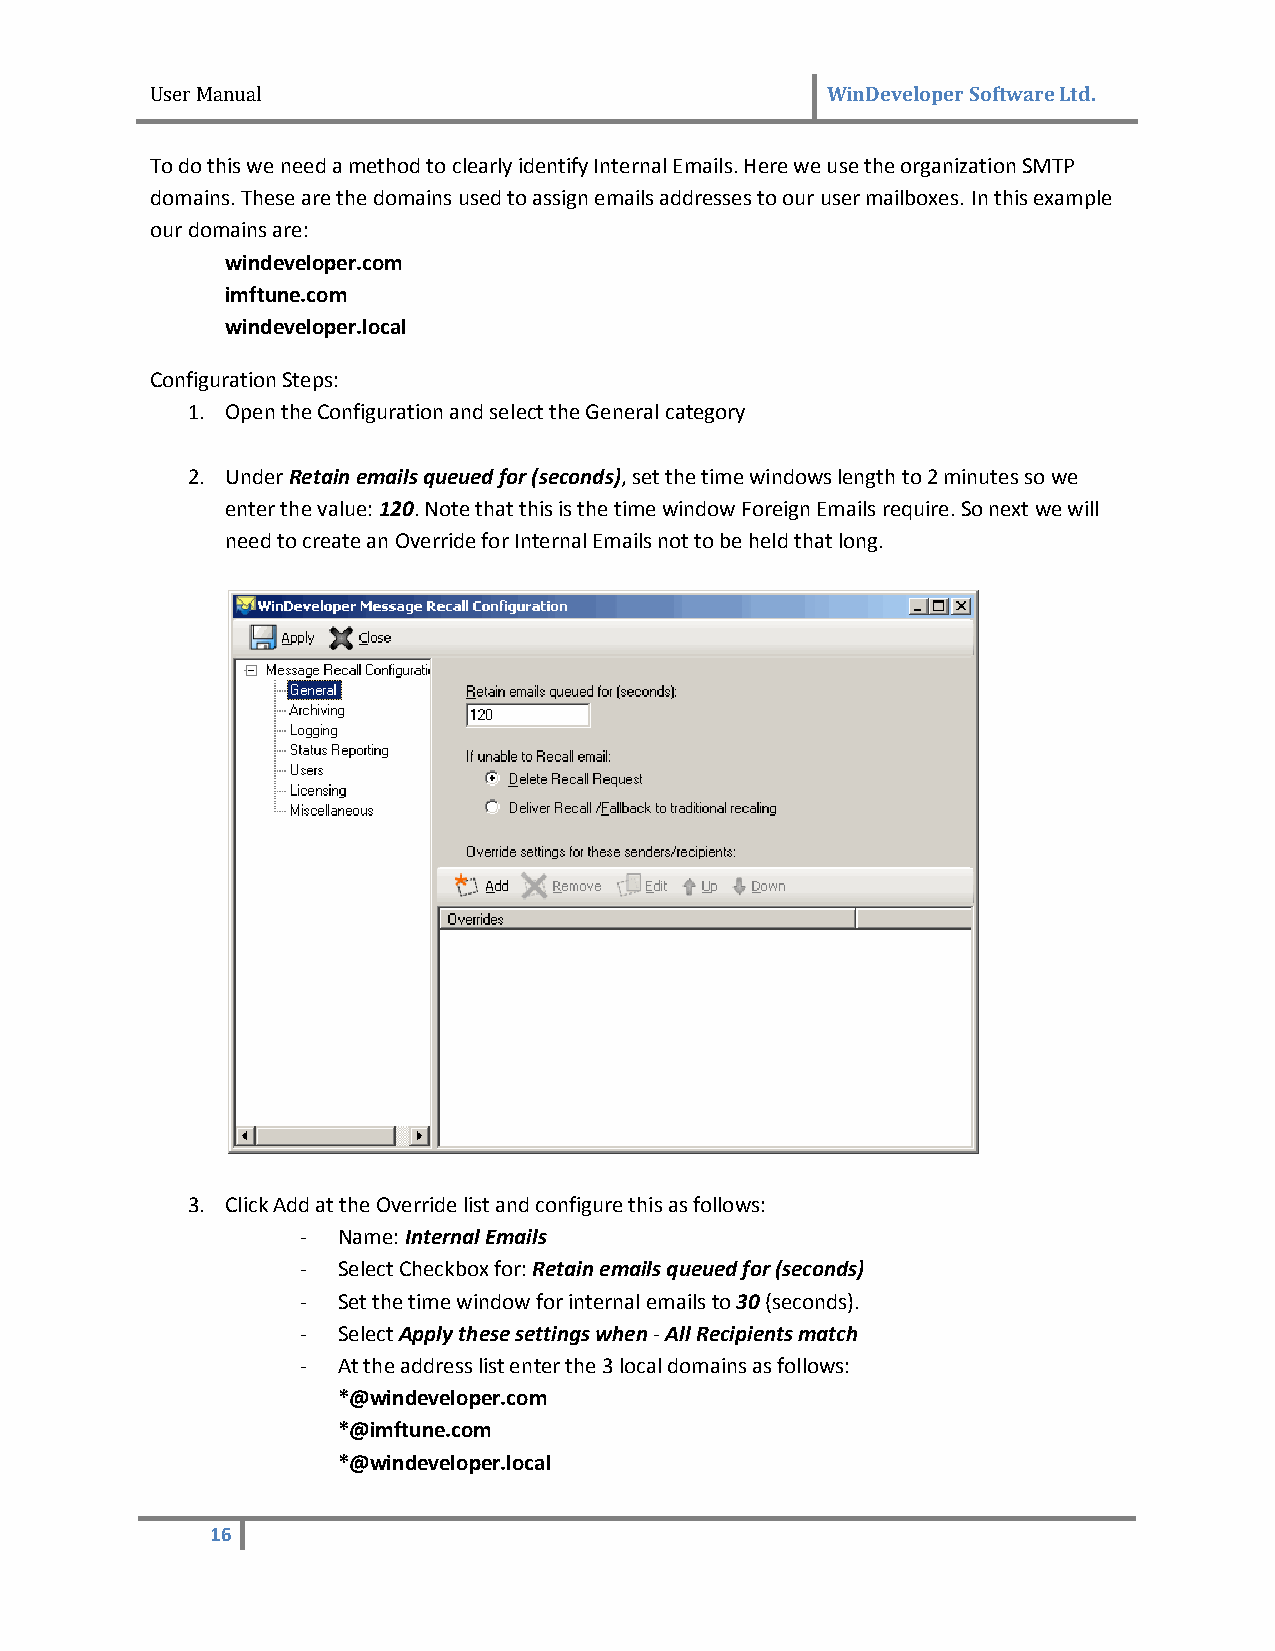
User Manual                                  WinDeveloper Software Ltd.
 To do this we need a method to clearly identify Internal Emails. Here we use the organization SMTP
 domains. These are the domains used to assign emails addresses to our user mailboxes. In this example
 our domains are:
 windeveloper.com
 imftune.com
 windeveloper.local
 Configuration Steps:
 1. Open the Configuration and select the General category
 2. Under Retain emails queued for (seconds), set the time windows length to 2 minutes so we
 enter the value: 120. Note that this is the time window Foreign Emails require. So next we will
 need to create an Override for Internal Emails not to be held that long.
 3. Click Add at the Override list and configure this as follows:
 - Name: Internal Emails
 - Select Checkbox for: Retain emails queued for (seconds)
 - Set the time window for internal emails to 30 (seconds).
 - Select Apply these settings when - All Recipients match
 - At the address list enter the 3 local domains as follows:
 *@windeveloper.com
 *@imftune.com
 *@windeveloper.local
 16